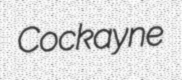
Cockayne